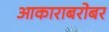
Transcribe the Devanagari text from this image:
आकाराबरोबर